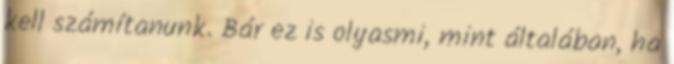
kell számítanunk. Bár ez is olyasmi, mint általában, ha